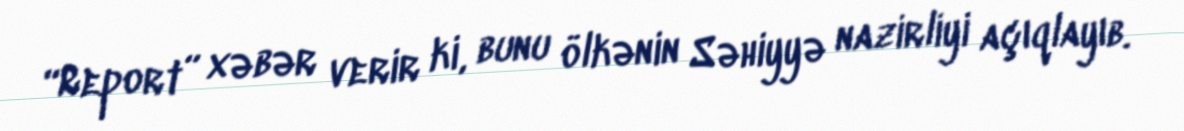
“Report” xəbər verir ki, bunu ölkənin Səhiyyə nazirliyi açıqlayıb.